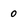
Character: o